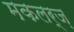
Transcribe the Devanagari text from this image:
मकलर्ज़